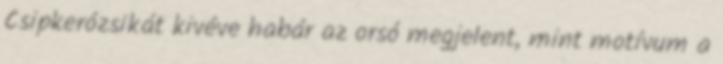
Csipkerózsikát kivéve habár az orsó megjelent, mint motívum a